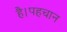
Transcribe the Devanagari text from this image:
है।पहचान